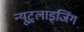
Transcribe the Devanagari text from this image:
न्यूट्रलाइजिंग